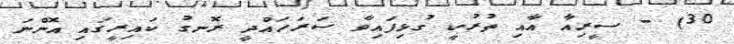
30) - ސީރިއާ އާއި ތުރުކީ ގުޅިފައިވާ ސަރަހައްދީ ރޮނގު ކައިރީގައި އޮންނަ